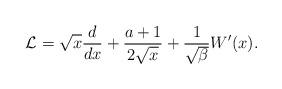
LaTeX: \begin{align*}\mathcal{L}=\sqrt{x} \frac{d}{dx} +\frac{a+1}{2\sqrt{x}} +\frac{1}{\sqrt{\beta}}W'(x).\end{align*}